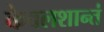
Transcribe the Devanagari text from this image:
केवलशान्तं